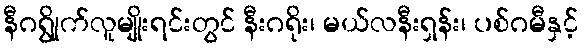
နီဂရွိုက်လူမျိုးရင်းတွင် နီးဂရိုး၊ မယ်လနီးရှန်း၊ ပစ်ဂမီနှင့်